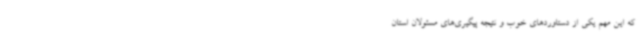
که این مهم یکی از دستاوردهای خوب و نتیجه پیگیری‌های مسئولان استان